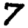
Digit: 7